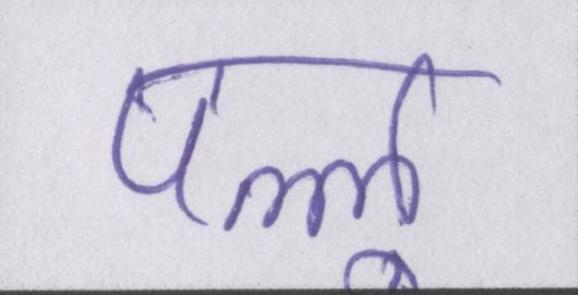
पल्लू